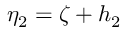
\eta _ { 2 } = \zeta + h _ { 2 }